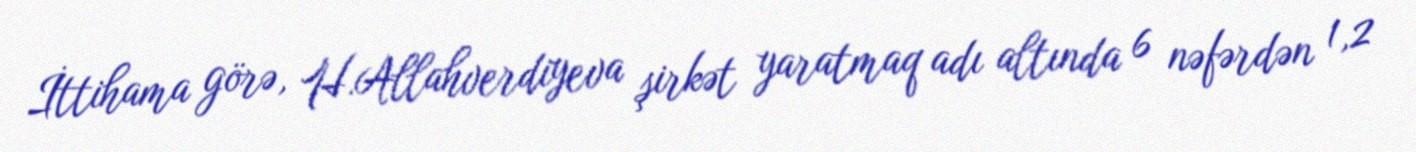
İttihama görə, H.Allahverdiyeva şirkət yaratmaq adı altında 6 nəfərdən 1,2